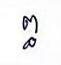
ព្ធ